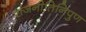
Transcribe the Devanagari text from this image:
राजनीतिनिपुण